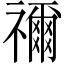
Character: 禰